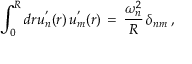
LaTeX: \int _ { 0 } ^ { R } d r u _ { n } ^ { ' } ( r ) \, u _ { m } ^ { ' } ( r ) \, = \, \frac { \omega _ { n } ^ { 2 } } { R } \, \delta _ { n m } \, { , }